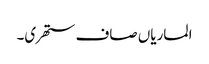
الماریاں صاف ستھری۔